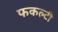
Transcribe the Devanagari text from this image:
फकल्टी